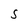
Character: S